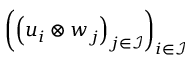
\left( \left( \boldsymbol { u } _ { i } \otimes \boldsymbol { w } _ { j } \right) _ { j \in \mathcal { I } } \right) _ { i \in \mathcal { I } }